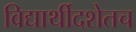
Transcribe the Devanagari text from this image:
विद्यार्थीदशेतच